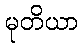
မုတိယာ